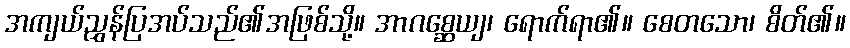
အကျယ်ညွှန်ပြအပ်သည်၏အဖြစ်သို့။ အာဂစ္ဆေယျ၊ ရောက်ရာ၏။ စေတသော၊ စိတ်၏။